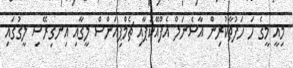
މިއީ މީގެ ހަ ހަފުތާކުރިން އާސެނަލް އެފްއޭކަޕާއި ޗެމްޕިއަންސް ލީގާއި އިނގިރޭސި ލީގުގައި